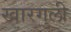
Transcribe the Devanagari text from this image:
खारगुली